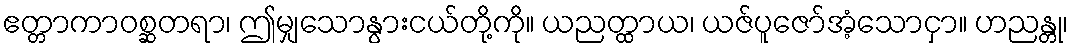
ဧတ္တာကာဝစ္ဆတရာ၊ ဤမျှသောနွားငယ်တို့ကို။ ယညတ္ထာယ၊ ယဇ်ပူဇော်အံ့သောငှာ။ ဟညန္တု၊